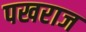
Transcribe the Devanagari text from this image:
पखराज